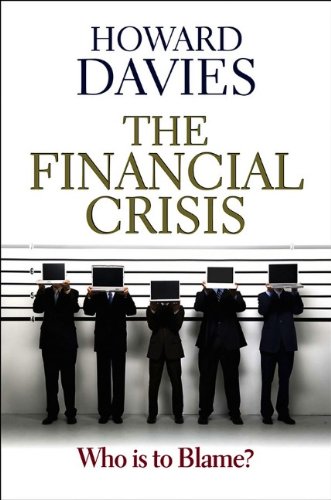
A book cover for The Financial Crisis: Who is to Blame ?; Howard Davies; Business & Money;